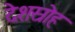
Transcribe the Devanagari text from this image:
देशस्रोह